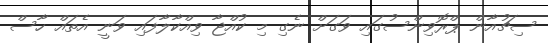
ސިޗުއާން ޕްރޮވިންސުގައި ވަގަށް ނެގި މި ކުއްޖާ ވިއްކާލާފައި ވަނީ އެތައް ހާސް